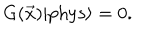
G ( \vec { x } ) | \mathrm { { p h y s } } \rangle = 0 .